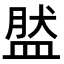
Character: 𥁾